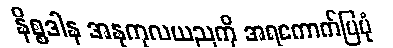
နိစ္စဒါန အနုကုလယညကို အရကောက်ပြပုံ